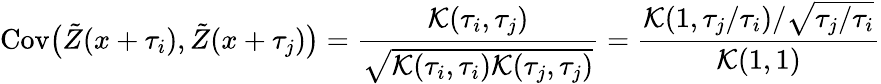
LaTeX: \mathrm{Cov}\big(\tilde{Z}(x+\tau_{i}),\tilde{Z}(x+\tau_{j})\big)=\frac{\mathcal{K}(\tau_{i},\tau_{j})}{\sqrt{\mathcal{K}(\tau_{i},\tau_{i})\mathcal{K}(\tau_{j},\tau_{j})}}=\frac{\mathcal{K}(1,\tau_{j}/\tau_{i})/\sqrt{\tau_{j}/\tau_{i}}}{\mathcal{K}(1,1)}